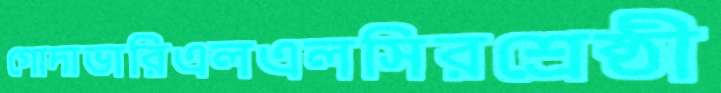
গোদাভারিএলএলসিরশ্রেষ্ঠী